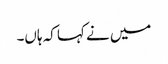
میں نے کہا کہ ہاں۔